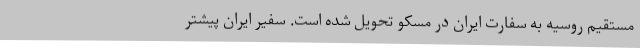
مستقیم روسیه به سفارت ایران در مسکو تحویل شده است. سفیر ایران پیشتر